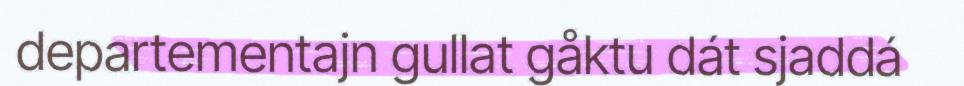
departementajn gullat gåktu dát sjaddá